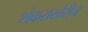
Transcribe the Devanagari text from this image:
शंकराखेरीज